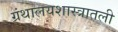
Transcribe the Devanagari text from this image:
ग्रंथालयशास्त्रातली